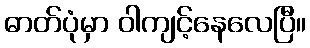
ဓာတ်ပုံမှာ ဝါကျင့်နေလေပြီ။